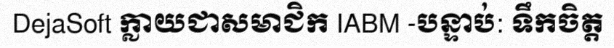
DejaSoft ក្លាយជាសមាជិក IABM -បន្ទាប់: ទឹកចិត្ត